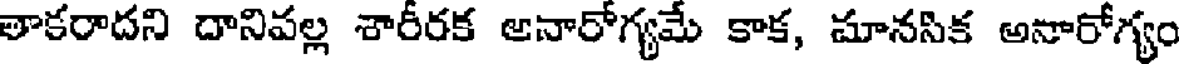
తాకరాదని దానిపల్ల శారీరక అనారోగ్యమే కాక, మానసిక అనారోగ్యం